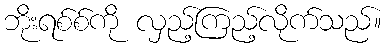
ဘိုးရစ်စ်ကို လှည့်ကြည့်လိုက်သည်။